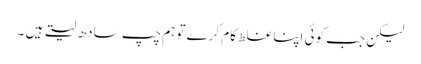
لیکن جب کوئی اپنا غلط کام کرے تو ہم چپ سادھ لیتے ہیں ۔